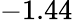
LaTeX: -1.44